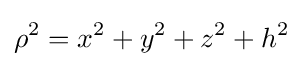
\rho ^{2}=x^{2}+y^{2}+z^{2}+h^{2}